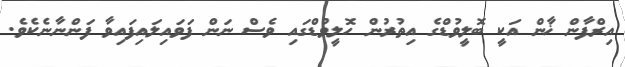
އިރްފާން ޚާން އަކީ ބޮލީވުޑްގެ އިތުރުން ހޮލީވުޑްގައި ވެސް ނަން ފަވައިލައިފައިވާ ފަންނާނެކެވެ.